Lunatic asylums in Bengal annual reports 1899-1911 - 1899-1911
Year: 1899
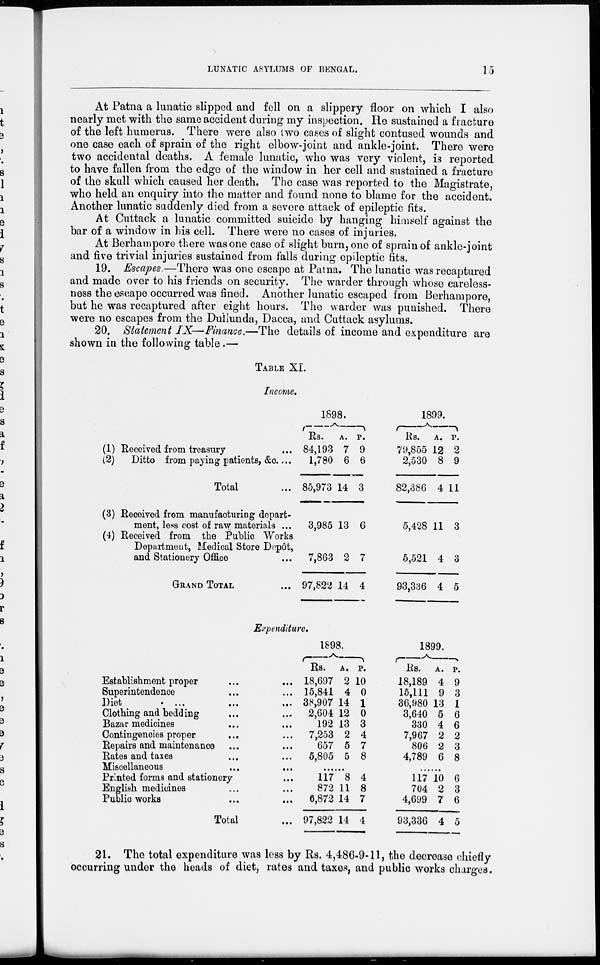
LUNATIC ASYLUMS OF BENGAL.
15
At Patna a lunatic slipped and fell on a slippery floor on which I also
nearly met with the same accident during my inspection. He sustained a fracture
of the left humerus. There were also two cases of slight contused wounds and
one case each of sprain of the right elbow-joint and ankle-joint. There were
two accidental deaths. A female lunatic, who was very violent, is reported
to have fallen from the edge of the window in her cell and sustained a fracture
of the skull which caused her death. The case was reported to the Magistrate,
who held an enquiry into the matter and found none to blame for the accident.
Another lunatic suddenly died from a severe attack of epileptic fits.
At Cuttack a lunatic committed suicide by hanging himself against the
bar of a window in his cell. There were no cases of injuries.
At Berhampore there was one case of slight burn, one of sprain of ankle-joint
and five trivial injuries sustained from falls during epileptic fits.
19. Escapes.—There was one escape at Patna. The lunatic was recaptured
and made over to his friends on security. The warder through whose careless-
ness the escape occurred was fined. Another lunatic escaped from Berhampore,
but he was recaptured after eight hours. The warder was punished. There
were no escapes from the Dullunda, Dacca, and Cuttack asylums.
20. Statement IX—Finance.—The details of income and expenditure are
shown in the following table.—
TABLE XI.
Income.
(1)
(2)
(3)
(4)
Received from treasury ...
Ditto from paying patients, &c. ...
Total ...
Received from manufacturing depart-
ment, less cost of raw materials ...
Received from the Public Works
Department, Medical Store Depôt,
and Stationery Office ...
GRAND TOTAL ...
1898.
Rs.
84,193
1,780
85,973
3,985
7,863
97,822
A.
7
6
14
13
2
14
P.
9
6
3
6
7
4
1899.
Rs.
79,855
2,530
82,386
5,428
5,521
93,336
A.
12
8
4
11
4
4
P.
2
9
11
3
3
5
Expenditure.
Establishment proper ... ...
Superintendence ... ...
Diet ... ... ... ...
Clothing and bedding ... ...
Bazar medicines ... ...
Contingencies proper ... ...
Repairs and maintenance ... ...
Rates and taxes ... ...
Miscellaneous
... ...
Printed forms and stationery ...
English medicines ... ...
Public works ... ...
Total ...
1898.
Rs.
18,697
15,841
38,907
2,604
192
7,253
657
5,805
A.
2
4
14
12
13
2
5
5
P.
10
0
1
0
3
4
7
8
......
117
872
6,872
97,822
8
11
14
14
4
8
7
4
1899.
Rs.
18,189
15,111
36,980
3,640
330
7,967
806
4,789
A.
4
9
13
5
4
2
2
6
P.
9
3
1
6
6
2
3
8
......
117
704
4,699
93,336
10
2
7
4
6
3
6
5
21. The total expenditure was less by Rs. 4,486-9-11, the decrease chiefly
occurring under the heads of diet, rates and taxes, and public works charges.